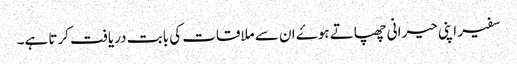
سفیر اپنی حیرانی چھپاتے ہوۓ ان سے ملاقات کی بابت دریافت کرتا ہے۔